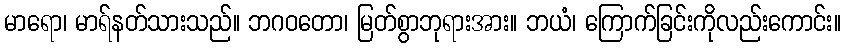
မာရော၊ မာရ်နတ်သားသည်။ ဘဂဝတော၊ မြတ်စွာဘုရားအား။ ဘယံ၊ ကြောက်ခြင်းကိုလည်းကောင်း။